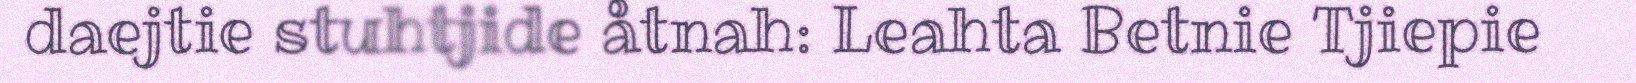
daejtie stuhtjide åtnah: Leahta Betnie Tjiepie